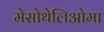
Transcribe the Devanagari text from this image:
मेसोथेलिओमा